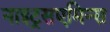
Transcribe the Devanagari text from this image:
नाइट्रसएमिन्स